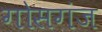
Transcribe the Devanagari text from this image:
गोसगंज